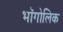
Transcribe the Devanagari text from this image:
भॉगोलिक